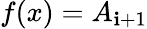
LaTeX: f(x)=A_{\mathbf{i}+1}